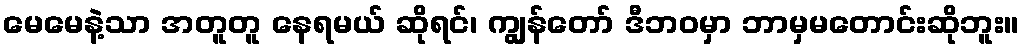
မေမေနဲ့သာ အတူတူ နေရမယ် ဆိုရင်၊ ကျွန်တော် ဒီဘဝမှာ ဘာမှမတောင်းဆိုဘူး။